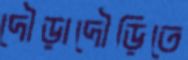
দৌড়াদৌড়িতে